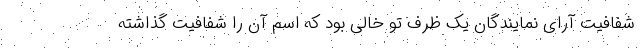
شفافیت آرای نمایندگان یک ظرف تو خالی بود که اسم آن را شفافیت گذاشته